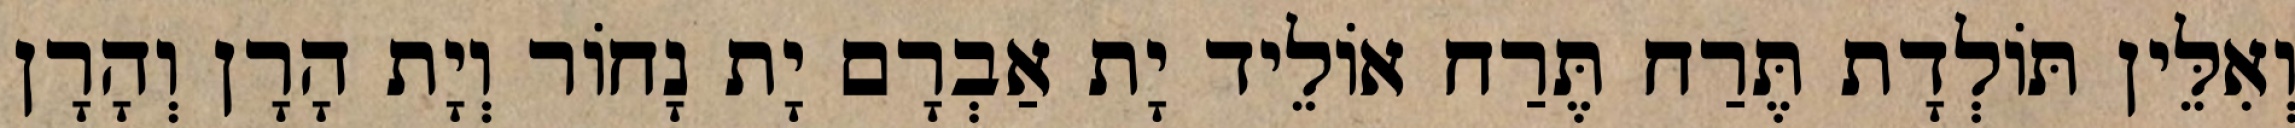
וְאִלֵּין תּוֹלְדָת תֶּרַח תֶּרַח אוֹלֵיד יָת אַבְרָם יָת נָחוֹר וְיָת הָרָן וְהָרָן